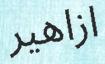
ازاھير